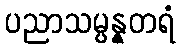
ပညာသမ္ပန္နတရံ